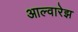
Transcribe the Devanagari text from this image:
आल्वारेझ